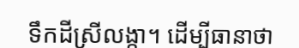
ទឹកដីស្រីលង្កា។ ដើម្បីធានាថា